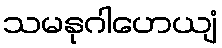
သမနုဂါဟေယျံ